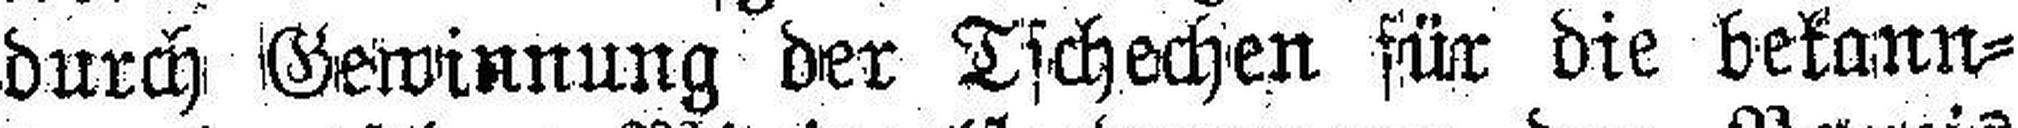
durch Gewinnung der Tschechen für die bekann¬